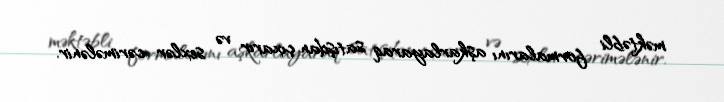
məktəbli formalarını aşkarlayaraq satışdan çıxarır və sexlər cərimələnir.